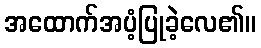
အထောက်အပံ့ပြုခဲ့လေ၏။